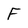
Character: F